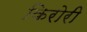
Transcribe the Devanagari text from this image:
किरोरी